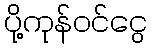
ပို့ကုန်ဝင်ငွေ